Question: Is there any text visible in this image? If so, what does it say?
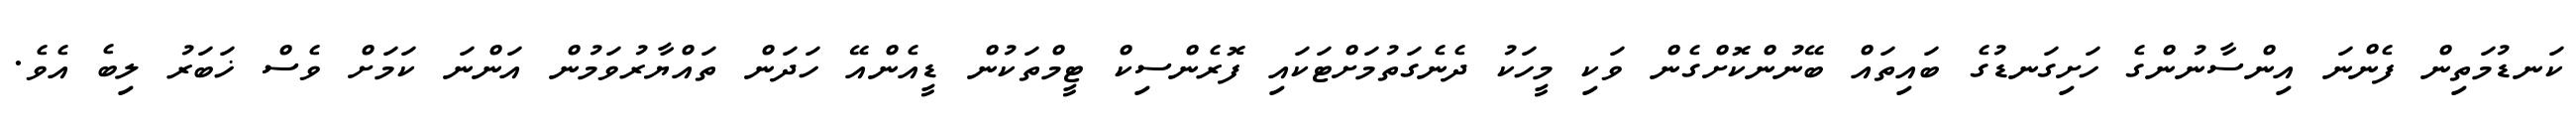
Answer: ކަނޑުމަތިން ފެންނަ އިންސާނުންގެ ހަށިގަނޑުގެ ބައިތައް ބޭނުންކޮށްގެން ވަކި މީހަކު ދެނެގަތުމަށްޓަކައި ފޮރެންސިކް ޓީމްތަކުން ޑީއެންއޭ ހަދަން ތައްޔާރުވަމުން އަންނަ ކަމަށް ވެސް ޚަބަރު ލިބެ އެވެ.